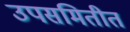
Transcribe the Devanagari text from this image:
उपसमितीत